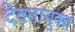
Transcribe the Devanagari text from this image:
देवतायुक्त